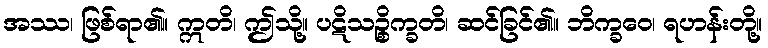
အဿ၊ ဖြစ်ရာ၏။ ဣတိ၊ ဤသို့။ ပဋိသဉ္စိက္ခတိ၊ ဆင်ခြင်၏။ ဘိက္ခဝေ၊ ရဟန်းတို့။